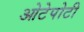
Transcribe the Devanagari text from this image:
ओटेपोटी